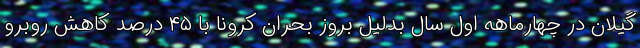
گیلان در چهارماهه اول سال بدلیل بروز بحران کرونا با ۴۵ درصد کاهش روبرو